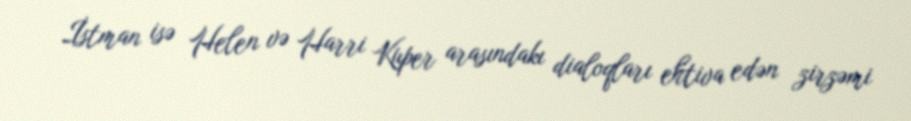
İstman isə Helen və Harri Kuper arasındakı dialoqları ehtiva edən zirzəmi